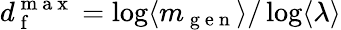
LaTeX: d_{\mathrm{~f~}}^{\mathrm{~m~a~x~}}=\log\langle m_{\mathrm{~g~e~n~}}\rangle/\log\langle\lambda\rangle